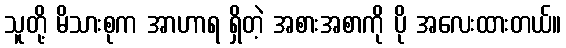
သူတို့ မိသားစုက အာဟာရ ရှိတဲ့ အစားအစာကို ပို အလေးထားတယ်။